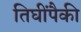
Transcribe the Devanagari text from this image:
तिघींपैकी